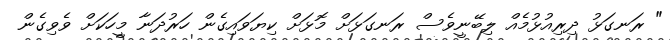
" ރަނގަޅު ދިރިއުޅުމެއް ލިބޭނީވެސް ރަނގަޅަށް މޮޅަށް ކިޔަވައިގެން ހަރުދަނާ މީހަކަށް ވެވިގެން